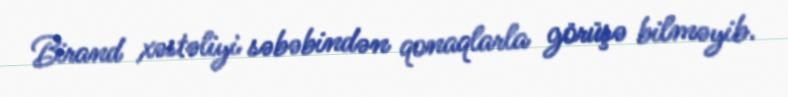
Birand xəstəliyi səbəbindən qonaqlarla görüşə bilməyib.